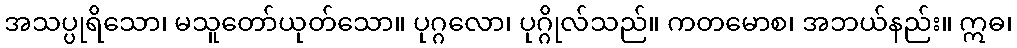
အသပ္ပုရိသော၊ မသူတော်ယုတ်သော။ ပုဂ္ဂလော၊ ပုဂ္ဂိုလ်သည်။ ကတမောစ၊ အဘယ်နည်း။ ဣဓ၊